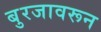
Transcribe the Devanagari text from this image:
बुरजावरून